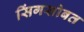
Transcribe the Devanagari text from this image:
सिंगसोबत